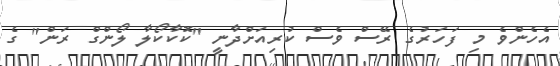
އެހެންވެ މި ފަހަރުގެ ރޭސް ވެސް ކުރިއަށްދާނީ "ކޮކާކޯލާ ލޯންގް ރަން" ގެ